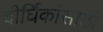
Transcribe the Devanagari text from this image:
दीर्घिकांसाठी